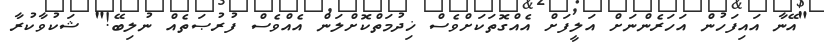
"އޭނާ އައިފަހުން އަހަރެންނަށް އަލީފަށް އެއްގޮތަކަށްވެސް ޚިދުމަތްކޮށްލަން އެއްވެސް ފުރުޞަތެއް ނުލިބޭ!" ޝަކުވާކުރާ